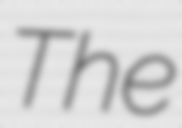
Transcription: The